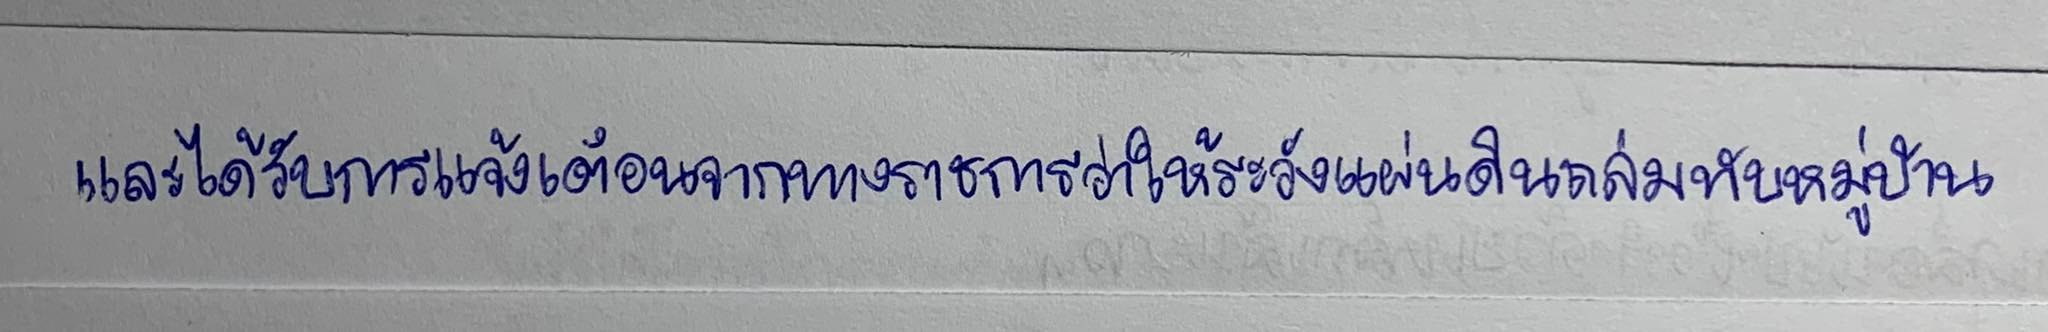
และได้รับการแจ้งเตือนจากทางราชการว่าให้ระวังแผ่นดินถล่มทับหมู่บ้าน